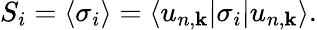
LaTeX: S_{i}=\langle\sigma_{i}\rangle=\langle u_{n,\mathbf{k}}|\sigma_{i}|u_{n,\mathbf{k}}\rangle.